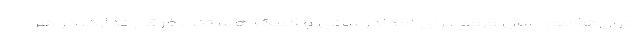
حران‌ها موج اول ورود برای امدادرسانی و کمک هستند. فرقی ندارد، در هر